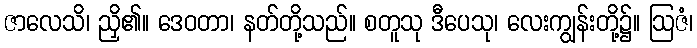
ဇာလေသိ၊ ညှိ၏။ ဒေဝတာ၊ နတ်တို့သည်။ စတူသု ဒီပေသု၊ လေးကျွန်းတို့၌။ ဩဇံ၊